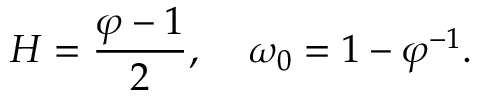
H = \frac { \varphi - 1 } { 2 } , \; \; \; \; \omega _ { 0 } = 1 - \varphi ^ { - 1 } .